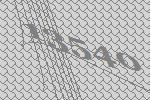
13540